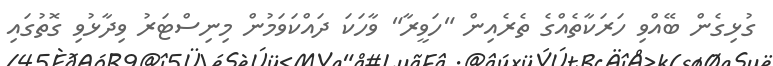
ގުޅިގެން ބޭއްވި ހަރަކާތެއްގެ ތެރެއިން "ހަވީރާ" ވާހަކަ ދައްކަވަމުން މިނިސްޓަރު ވިދާޅުވި ގޮތުގައި